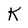
Character: K